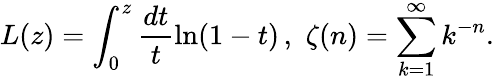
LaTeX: L(z)=\int_{0}^{z}\frac{dt}t\ln(1-t)\, ,\, \, \zeta(n)=\sum_{k=1}^{\infty}k^{-n}.